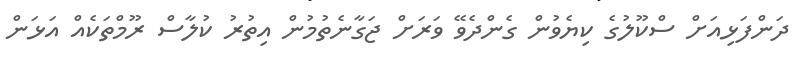
ދަންފަޅިއަށް ސްކޫލުގެ ކިޔެވުން ގެންދެވޭ ވަރަށް ޖަގާނެތުމުން އިތުރު ކުލާސް ރޫމްތަކެއް އަޅަން